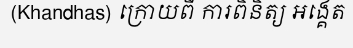
(Khandhas) ក្រោយពី ការពិនិត្យ អង្គេត